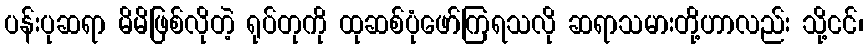
ပန်းပုဆရာ မိမိဖြစ်လိုတဲ့ ရုပ်တုကို ထုဆစ်ပုံဖော်ကြရသလို ဆရာသမားတို့ဟာလည်း သို့ငင်၊